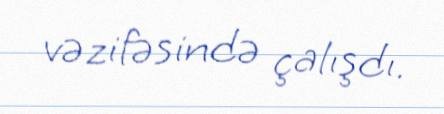
vəzifəsində çalışdı.